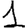
Digit: 1